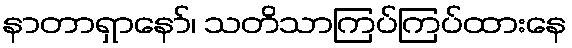
နာတာရှာနော်၊ သတိသာကြပ်ကြပ်ထားနေ